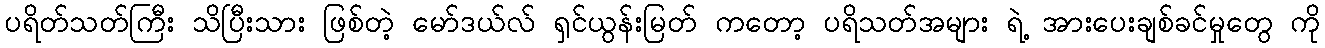
ပရိတ်သတ်ကြီး သိပြီးသား ဖြစ်တဲ့ မော်ဒယ်လ် ရှင်ယွန်းမြတ် ကတော့ ပရိသတ်အများ ရဲ့ အားပေးချစ်ခင်မှုတွေ ကို